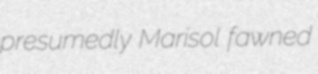
presumedly Marisol fawned